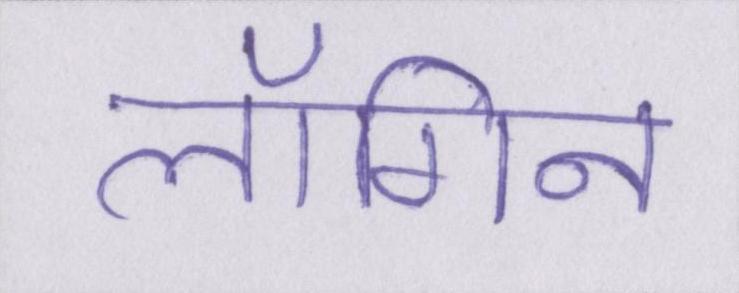
लॉगिन